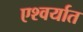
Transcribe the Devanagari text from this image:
एश्वर्यात